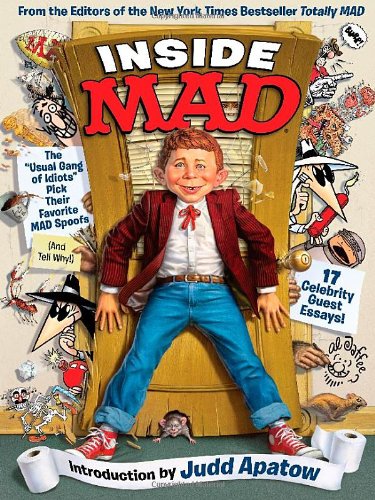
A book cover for Inside MAD: The "Usual Gang of Idiots" Pick Their Favorite MAD Spoofs; The Editors of MAD Magazine; Comics & Graphic Novels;